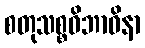
စတုသစ္စဝိဘာဝိနာ